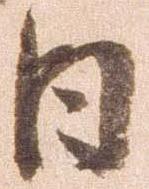
日